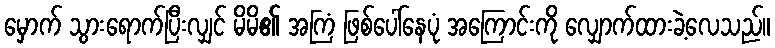
မှောက် သွားရောက်ပြီးလျှင် မိမိ၏ အကြံ ဖြစ်ပေါ်နေပုံ အကြောင်းကို လျှောက်ထားခဲ့လေသည်။